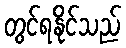
တွင်ရနိုင်သည်